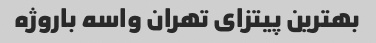
بهترین پیتزای تهران واسه باروژه